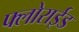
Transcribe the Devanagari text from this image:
फ्लोराईड